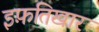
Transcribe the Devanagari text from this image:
इफ़तिखार